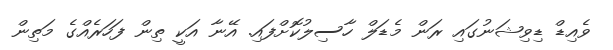
ވެއިޑް ޑިވިޝަނުގައި ރަން މެޑަލް ހާސިލުކޮށްފައި. އޭނާ އަކީ ތިން ފަހަރެއްގެ މަތިން